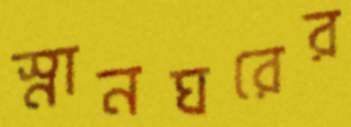
স্নানঘরের